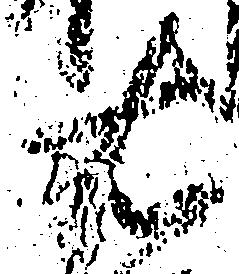
右